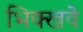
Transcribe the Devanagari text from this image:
भिक्खवे